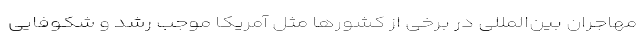
مهاجران بین‌المللی در برخی از کشورها مثل آمریکا موجب رشد و شکوفایی